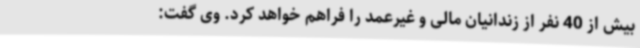
بیش از 40 نفر از زندانیان مالی و غیرعمد را فراهم خواهد کرد. وی گفت: